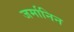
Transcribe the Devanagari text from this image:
जर्मानिन